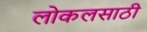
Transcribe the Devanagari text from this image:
लोकलसाठी